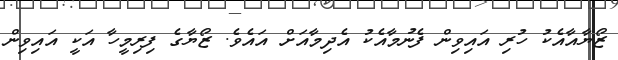
ޒޯޔާއާއެކު ހުރި އައިވިން ފެނުމާއެކު އެދިމާއަށް އައެވެ. ޒޯޔާގެ ފިރިމީހާ އަކީ އައިވިން